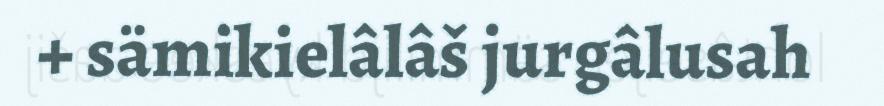
+ sämikielâlâš jurgâlusah